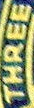
THREE